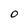
Character: 0